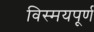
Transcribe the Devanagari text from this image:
विस्मयपूर्ण